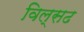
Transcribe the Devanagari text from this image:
विल्सढ